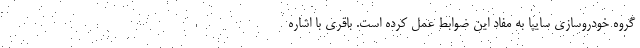
گروه خودروسازي سايپا به مفاد اين ضوابط عمل كرده است. باقري با اشاره